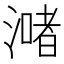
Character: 𣾻